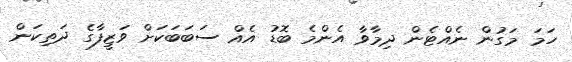
ހަމަ މަގުން ނެއްޓެން ދިމާވާ އެންމެ ބޮޑު އެއް ސަބަބަކަށް ވަޒީފާގެ ދަތިކަން